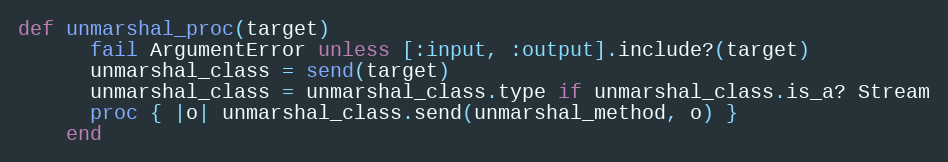
Language: Ruby
def unmarshal_proc(target)
      fail ArgumentError unless [:input, :output].include?(target)
      unmarshal_class = send(target)
      unmarshal_class = unmarshal_class.type if unmarshal_class.is_a? Stream
      proc { |o| unmarshal_class.send(unmarshal_method, o) }
    end